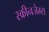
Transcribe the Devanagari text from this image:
स्क्रीनजेम्स